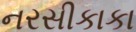
નરસીકાકા